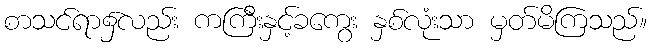
စာသင်ရာ၌လည်း ကကြီးနှင့်ခကွေး နှစ်လုံးသာ မှတ်မိကြသည်။